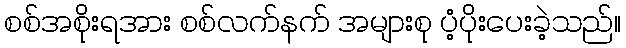
စစ်အစိုးရအား စစ်လက်နက် အများစု ပံ့ပိုးပေးခဲ့သည်။